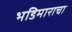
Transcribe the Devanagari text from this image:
भडिमाराचा